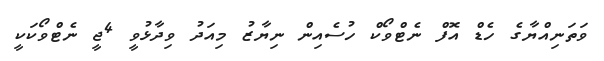
ވަތަނިއްޔާގެ ހެޑް އޮފް ނެޓްވޯކް ހުސެއިން ނިޔާޒު މިއަދު ވިދާޅުވީ 4ޖީ ނެޓްވޯކަކީ